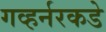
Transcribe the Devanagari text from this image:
गव्हर्नरकडे